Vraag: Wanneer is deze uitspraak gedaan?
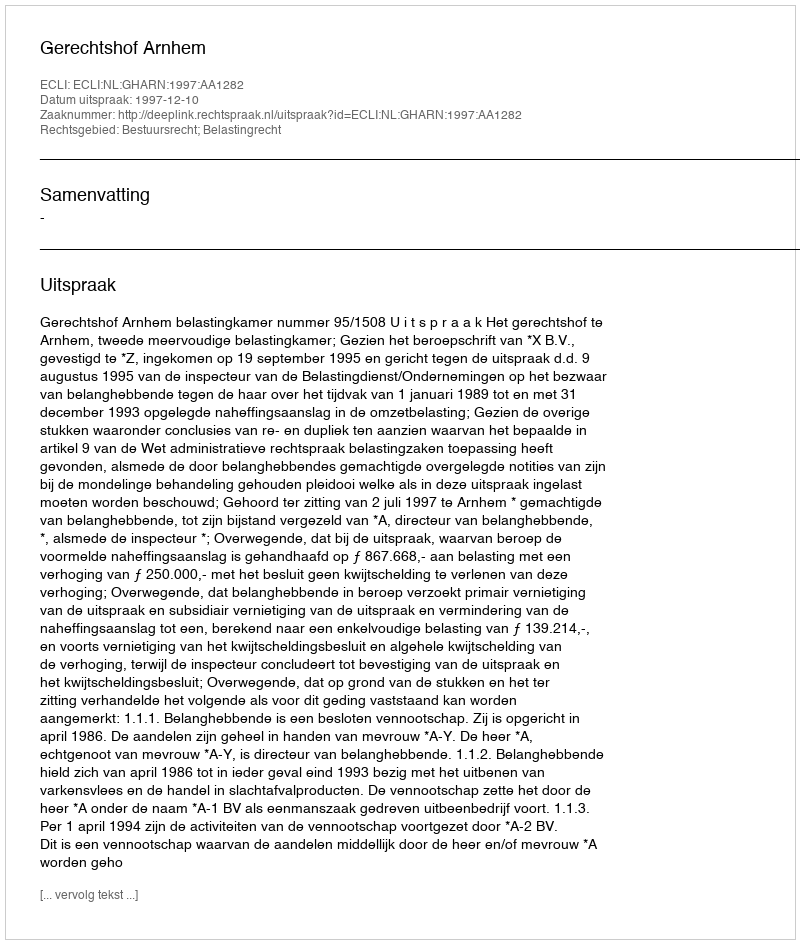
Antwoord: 1997-12-10